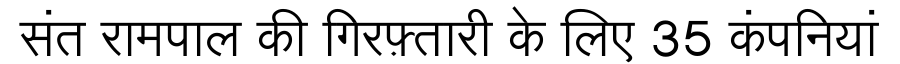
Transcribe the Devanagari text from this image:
संत रामपाल की गिरफ़्तारी के लिए 35 कंपनियां